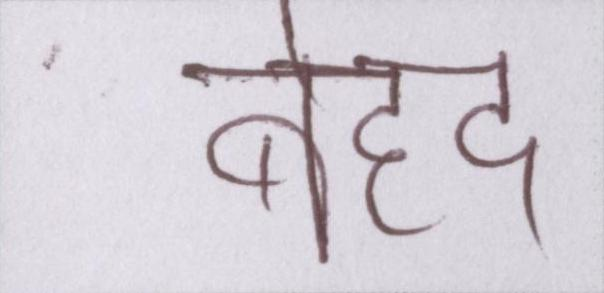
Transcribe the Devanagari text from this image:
बेहद